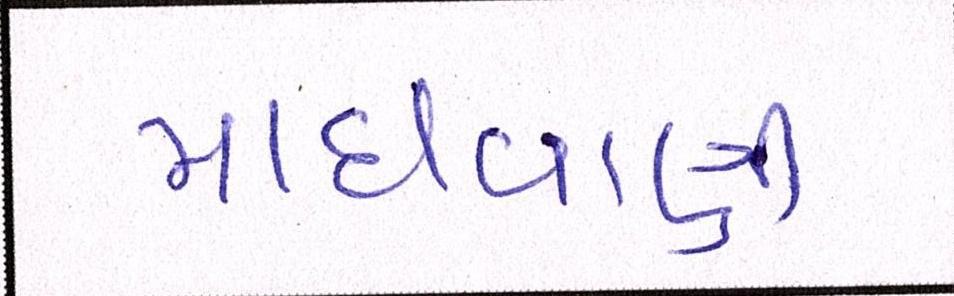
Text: માધવાણી